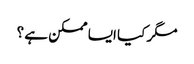
مگر کیا ایسا ممکن ہے ؟